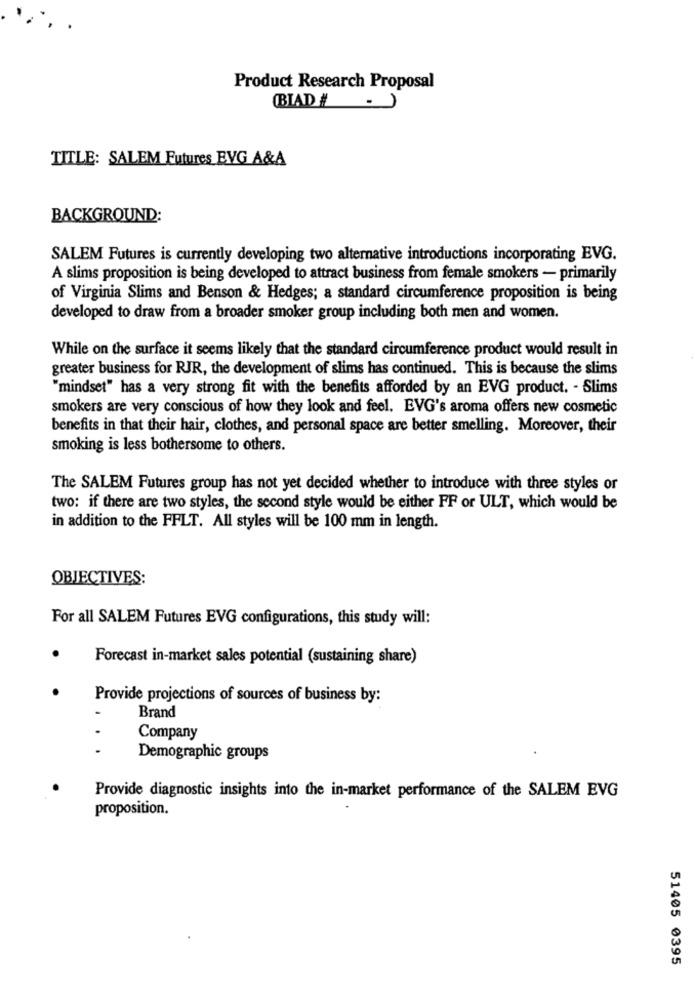
Product Research Proposal
(BIAD # - )
TITLE: SALEM Futures BVG A&A
BACKGROUND:
SALEM Futures is currently developing two alternative introductions incorporating EVG.
A slims proposition is being developed to attract business from female smokers - primarily
of Virginia Slims and Benson & Hedges; a standard circumference proposition is being
developed to draw from a broader smoker group including both men and women.
While on the surface it seems likely that the standard circumference product would result in
greater business for RJR, the development of slims has continued. This is because the slims
'mindset" has a very strong fit with the benefits afforded by an EVG product. - Slims
smokers are very conscious of how they look and feel. EVG's aroma offers new cosmetic
benefits in that their hair, clothes, and personal space are better smelling. Moreover, their
smoking is less bothersome to others.
The SALEM Futures group has not yet decided whether to introduce with three styles or
two: if there are two styles, the second style would be either FF or ULT, which would be
in addition to the FFLT. All styles will be 100 mm in length.
OBJECTIVES:
For all SALEM Futures EVG configurations, this study will:
Forecast in-market sales potential (sustaining share)
Provide projections of sources of business by:
Brand
..
Company
.
Demographic groups
Provide diagnostic insights into the in-market performance of the SALEM EVG
proposition.
51405 0395